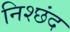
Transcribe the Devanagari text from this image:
निश्छंद